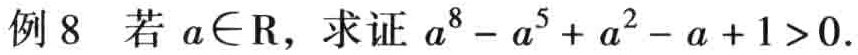
例 8 若 \(a\in\mathbb{R}\)，求证 \(a^{8}-a^{5}+a^{2}-a + 1>0\)。